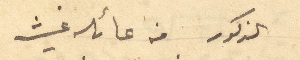
الذكور من عائله غيث